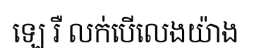
ឡេ រឺ លក់បើលេងយ៉ាង